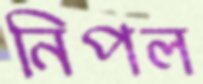
নিপল